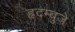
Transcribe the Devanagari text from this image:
हृदम्बुजे